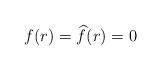
LaTeX: \begin{align*}f(r) = \widehat f(r) = 0 \; \end{align*}